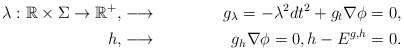
\begin{align*}\lambda : \mathbb{R} \times \Sigma \rightarrow \mathbb{R}^+, & \stackrel{}{\longrightarrow} & g_{\lambda}=-\lambda^2 dt^2 + g_t\nabla \phi = 0, \\h , & \stackrel{}{\longrightarrow} & g_{h} \nabla \phi = 0, h-E^{g,h}=0.\\\end{align*}